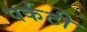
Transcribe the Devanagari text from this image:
पर्कटी